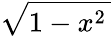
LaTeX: \sqrt{1-x^{2}\, }